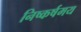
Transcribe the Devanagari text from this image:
निष्कर्षमय